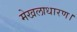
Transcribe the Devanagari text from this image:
मेखलाधारण।